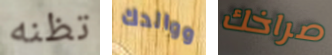
تظنه ووالدك صراخك